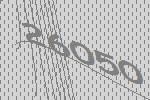
26050